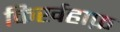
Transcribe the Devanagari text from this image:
किर्खहाफ़